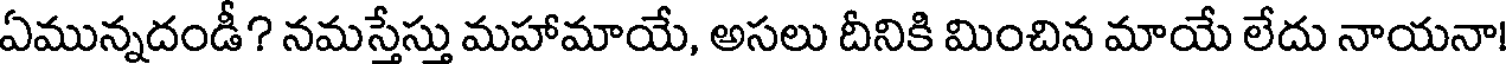
ఏమున్నదండీ? నమస్తేస్తు మహామాయే, అసలు దీనికి మించిన మాయే లేదు నాయనా